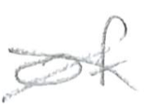
Text: of
Cross-out: cross
Writing tool: pencil